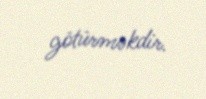
götürməkdir.